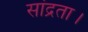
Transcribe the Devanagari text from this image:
सांद्रता।